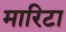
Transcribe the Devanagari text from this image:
मारिटा